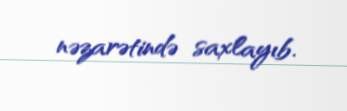
nəzarətində saxlayıb.